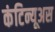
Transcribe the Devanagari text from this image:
कंटिन्यूअस